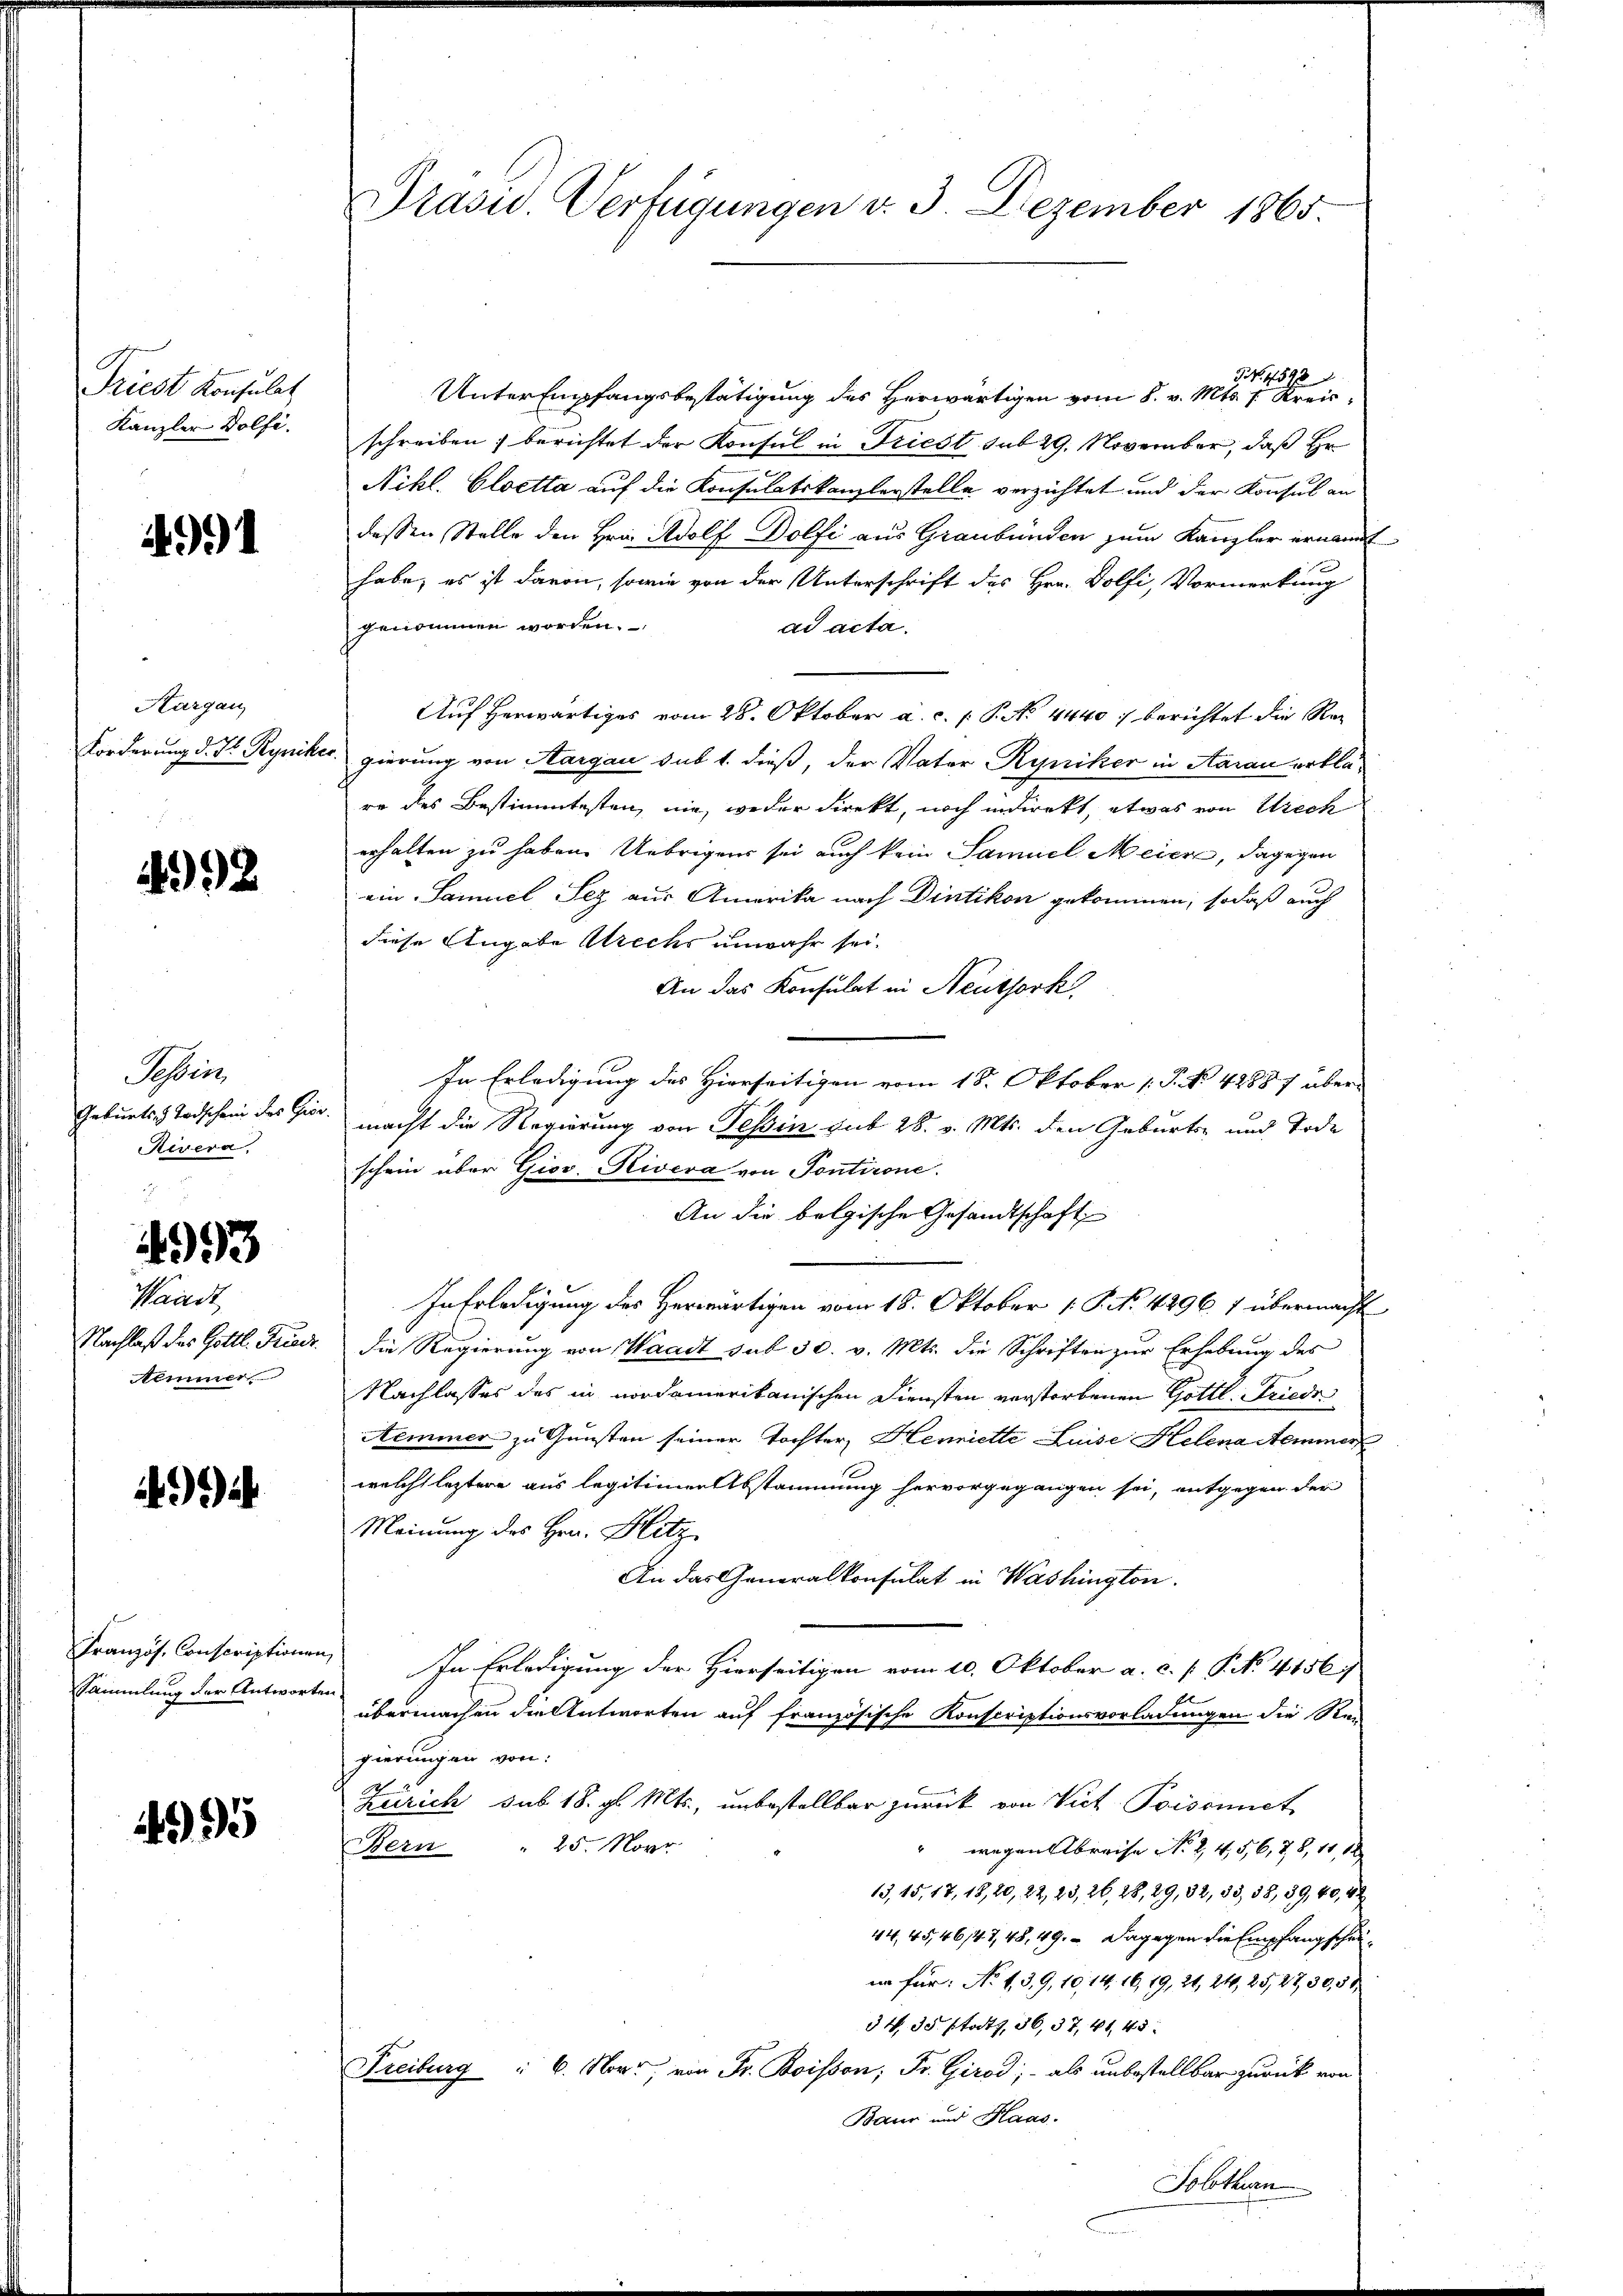
Triest Konsulat
Kanzler Dolfi.

99

Kargau,

1992

bei
Geburts Todschein des Gie
Revera

4993

Waadt
Nachlaß des Gottl. Friedr.
emmer

A

Französ. Conscriptionen
Sammlung der Antworten

495

Prasid. Verfügungen v. 3. Dezember 1865.

NNo. 1598
Unter Empfangsbestätigung des Herwärtigen vom 8. v. Mts. 1. Kreisschreiben, berichtet der Konsul in Friest sub 29. November, daß Hr.
Nikl. Gloetta auf die Konsulatskanzlerstelle verzichtet und der Konsul an
dessen Stelle den Hrn. Adolf Dolfi aus Graubünden zum Kanzler ernannt
habe, es ist davon, sowie von der Unterschrift des Hrn. Dolfi, Vormerkung
genommen worden.
ad acta.
Auf herwärtiges vom 28. Oktober a. c. p. P. No. 4440 f berichtet die Re¬
Forderung d. J. Ryniker, gierung von Aargau sub 1. dieß, der Vater Ryniker in Aarau erkläre des Bestimmtesten, nie, weder direkt, noch indirekt, etwas von Urech
erhalten zu haben. Uebrigens sei auch kein Samuel Meiere, dagegen
ein Samuel Sez aus Amerika nach Dietikon gekommen, sodaß auch
diese Angabe rechs unwahr sei.
An das Konsulat in Neuthork
In Erledigung des Hierseitigen vom 18. Oktober 1 P. No. 48887 übermacht die Regierung von Tessin sub 28. v. Mts. den Geburts- und Tode
schein über Giov. Riveva von Pontirone.
An die belgische Gesandtschaft
In Erledigung des Herwärtigen vom 18. Oktober 1. P. Nr. 4296. 1 übermacht
die Regierung von Waadt sub 30. v. Mts. die Schriften zur Erhebung des
Nachlasses des in nordamerikanischen Diensten verstorbenen Gottl. Friedr
Aeminer zu Gunsten seiner Tochter, Henriette Luise Helena Aeminer
welche leztere aus legitimen Abstammung hervorgegangen sei, entgegen der
Meinung des Hrn. Blitz
An das Generalkonsulat in Washington.
i. In Erledigung der Hierseitigen vom 10. Oktober a. c. p. P. No. 4156
übermachen die Antworten auf französische Konscriptionsvorladungen die Re-
gierungen von:
Zürich sub. 18. gl. Mts., unbestellbar zurück von Viet Poisonnet
" wegen Abreise No 2, 4, 5, 6, 78, 11, 12
Bern " 25. Nove
13,15, 17, 18, 20, 22, 23, 26, 28, 29, 32, 33, 38, 89,40,42
44, 45,46/47,48, 49. Dagegen die Empfangscheinn für: No 139, 10, 14. 16, 19, 21, 24, 25,27,30,51
34. 35 statt, 36, 37, 41, 43
Freiburg " 6. Nov. von Fr. Boisson; Fr. Girod; - als unbestellbar zurück von
Baur und Haas
Solothurn